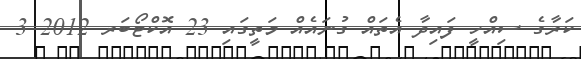
ކަރާގެ ސިއްހީ ފައިދާ އެތައް ގުނައެއް މަތީގައި 23 އޮކްޓޯބަރ 2012 3